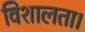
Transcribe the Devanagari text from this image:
विशालता।